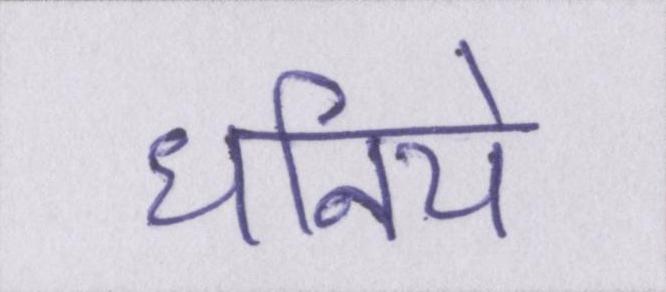
धनिये